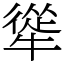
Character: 㹐